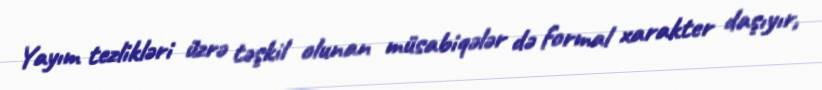
Yayım tezlikləri üzrə təşkil olunan müsabiqələr də formal xarakter daşıyır,